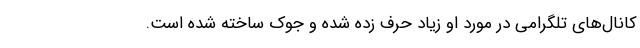
کانال‌های تلگرامی در مورد او زیاد حرف زده شده و جوک ساخته شده است.